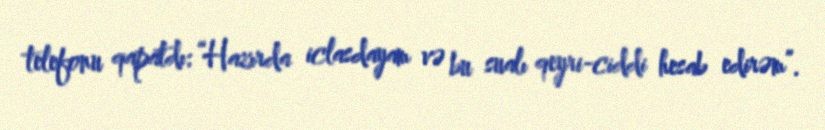
telefonu qapatdı: “Hazırda iclasdayam və bu sualı qeyri-ciddi hesab edirəm”.